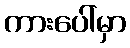
ကားပေါ်မှာ